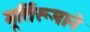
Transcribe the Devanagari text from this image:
मूर्तिरूपाने